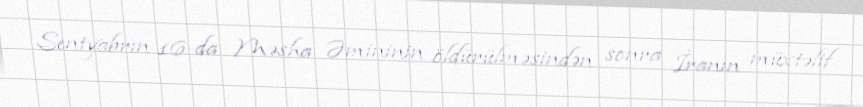
Sentyabrın 16-da Məsha Əmininin öldürülməsindən sonra İranın müxtəlif